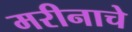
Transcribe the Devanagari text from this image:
मरीनाचे